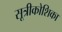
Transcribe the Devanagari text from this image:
सूत्रीकोशिका